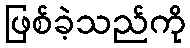
ဖြစ်ခဲ့သည်ကို